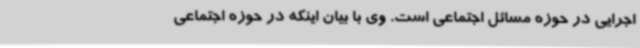
اجرایی در حوزه مسائل اجتماعی است. وی با بیان اینکه در حوزه اجتماعی